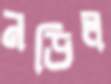
নড়িল